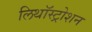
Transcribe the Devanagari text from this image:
लिथॉस्ट्रोशन